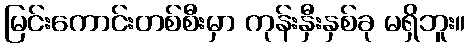
မြင်းကောင်းတစ်စီးမှာ ကုန်းနှီးနှစ်ခု မရှိဘူး။